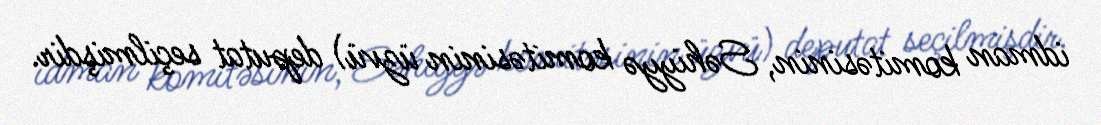
idman komitəsinin, Səhiyyə komitəsinin üzvü) deputat seçilmişdir.